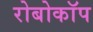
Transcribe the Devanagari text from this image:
रोबोकाॅप